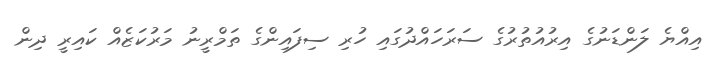
އިއްޔެ ލަންޑަނުގެ އިރުއުތުރުގެ ސަރަހައްދުގައި ހުރި ސިފައިންގެ ތަމްރީނު މަރުކަޒެއް ކައިރީ ދިން